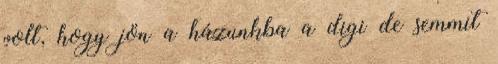
volt, hogy jön a házunkba a digi de semmit